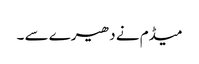
میڈم نے دھیرے سے ۔